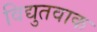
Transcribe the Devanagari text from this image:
विद्युतवाक